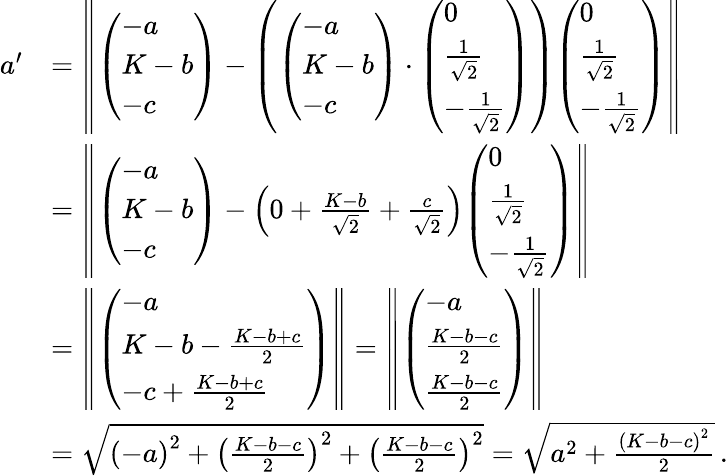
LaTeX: {\begin{array}{rl}{a^{\prime}}&{=\left\| {\left(\begin{array}{l}{-a}\\ {K-b}\\ {-c}\end{array}\right)}-\left({\left(\begin{array}{l}{-a}\\ {K-b}\\ {-c}\end{array}\right)}\cdot{\left(\begin{array}{l}{0}\\ {{\frac{1}{\sqrt{2}}}}\\ {-{\frac{1}{\sqrt{2}}}}\end{array}\right)}\right){\left(\begin{array}{l}{0}\\ {{\frac{1}{\sqrt{2}}}}\\ {-{\frac{1}{\sqrt{2}}}}\end{array}\right)}\right\| }\\ &{=\left\| {\left(\begin{array}{l}{-a}\\ {K-b}\\ {-c}\end{array}\right)}-\left(0+{\frac{K-b}{\sqrt{2}}}+{\frac{c}{\sqrt{2}}}\right){\left(\begin{array}{l}{0}\\ {{\frac{1}{\sqrt{2}}}}\\ {-{\frac{1}{\sqrt{2}}}}\end{array}\right)}\right\| }\\ &{=\left\| {\left(\begin{array}{l}{-a}\\ {K-b-{\frac{K-b+c}{2}}}\\ {-c+{\frac{K-b+c}{2}}}\end{array}\right)}\right\| =\left\| {\left(\begin{array}{l}{-a}\\ {{\frac{K-b-c}{2}}}\\ {{\frac{K-b-c}{2}}}\end{array}\right)}\right\| }\\ &{={\sqrt{{(-a)}^{2}+{\left({\frac{K-b-c}{2}}\right)}^{2}+{\left({\frac{K-b-c}{2}}\right)}^{2}}}={\sqrt{a^{2}+{\frac{{(K-b-c)}^{2}}{2}}}}\, .}\end{array}}